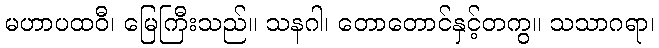
မဟာပထဝီ၊ မြေကြီးသည်။ သနဂါ၊ တောတောင်နှင့်တကွ။ သသာဂရာ၊